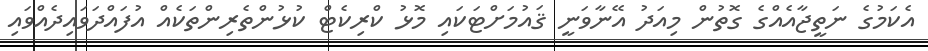
އެކަމުގެ ނަތީޖާއެއްގެ ގޮތުން މިއަދު އޭނާވަނީ ޤައުމަށްޓަކައި މޮޅު ކްރިކެޓް ކުޅުންތެރިންތަކެއް އުފައްދަވައިދެއްވައި